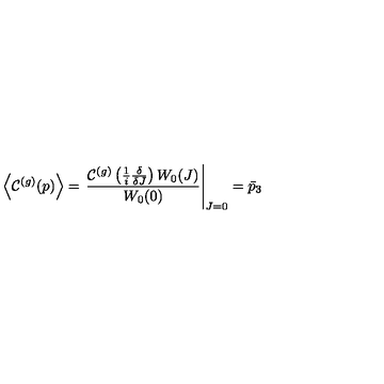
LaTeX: \left\langle \mathcal { C } ^ { ( g ) } ( p ) \right\rangle = \left. \frac { \mathcal { C } ^ { ( g ) } \left( \frac { 1 } { i } \frac { \delta } { \delta J } \right) W _ { 0 } ( J ) } { W _ { 0 } ( 0 ) } \right\vert _ { J = 0 } = \bar { p } _ { 3 }